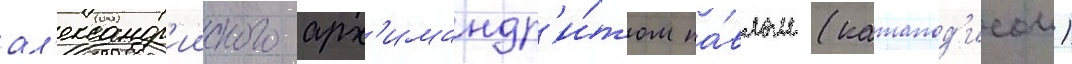
ал'ександр'ииского арх'имандр'и́том па́влом (катапод'исом)